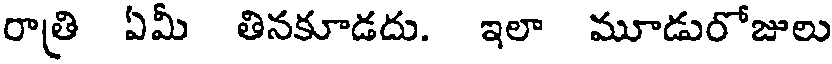
రాత్రి ఏమీ తినకూడదు. ఇలా మూడురోజులు